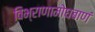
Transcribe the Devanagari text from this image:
विभ्राणामोघबाणं